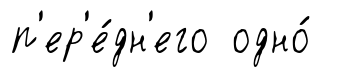
п'ер'е́дн'его одно́